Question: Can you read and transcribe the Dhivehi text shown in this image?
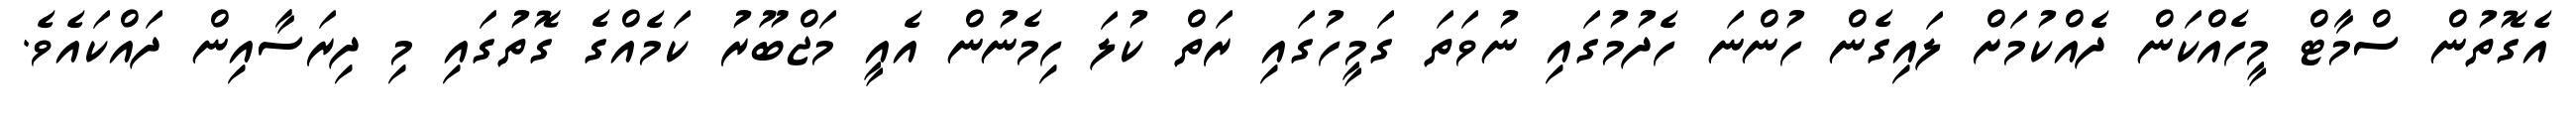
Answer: އެގޮތުން ސްމާޓް މީހެއްކަން ދެއްކުމަށް ލައިގެން ހުންނަ ހެދުމުގައި ނުވަތަ ގަމީހުގައި ރަތް ކުލަ ހިމެނުން އެއީ މަޖްބޫރު ކަމެއްގެ ގޮތުގައި މި ދިރަސާއިން ދައްކައެވެ.